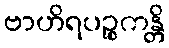
ဗာဟိရပဉ္စကန္တိ